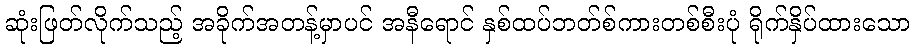
ဆုံးဖြတ်လိုက်သည့် အခိုက်အတန့်မှာပင် အနီရောင် နှစ်ထပ်ဘတ်စ်ကားတစ်စီးပုံ ရိုက်နှိပ်ထားသော